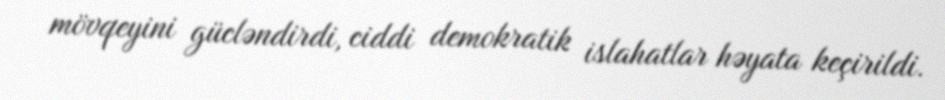
mövqeyini gücləndirdi, ciddi demokratik islahatlar həyata keçirildi.